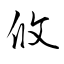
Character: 攸